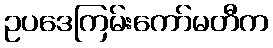
ဥပဒေကြမ်းကော်မတီက